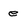
Character: e